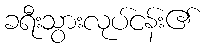
ခရီးသွားလုပ်ငန်း၏